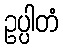
ဥပ္ပါတံ